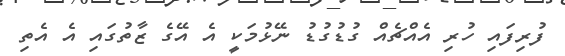
ފުރިފައި ހުރި އެއްޗެއް ގުޑުގުޑު ނޭޅުމަކީ އެ އޭގެ ޒާތުގައި އެ އެތި